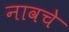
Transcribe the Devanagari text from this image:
नावचे